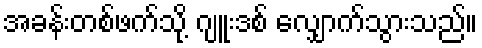
အခန်းတစ်ဖက်သို့ ဂျူးဒစ် လျှောက်သွားသည်။